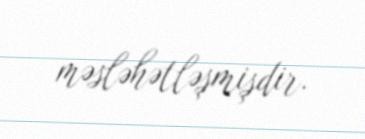
məsləhətləşmişdir.